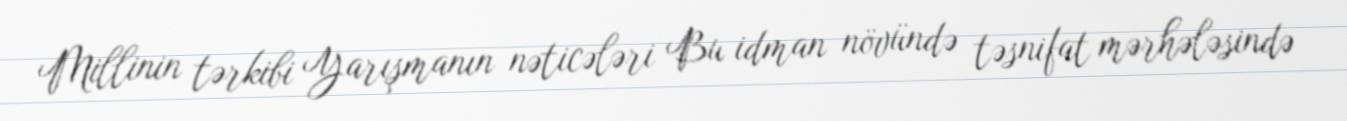
Millinin tərkibi Yarışmanın nəticələri Bu idman növündə təsnifat mərhələsində